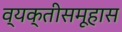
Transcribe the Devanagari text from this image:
व्यक्तीसमूहास